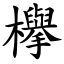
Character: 欅